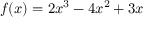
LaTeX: f ( x ) = 2 x ^ { 3 } - 4 x ^ { 2 } + 3 x